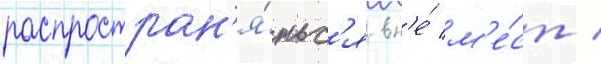
распростран'я́тьс'я вн'е́ м'е́ст /